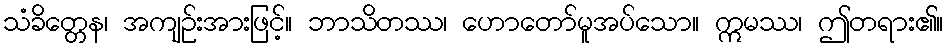
သံခိတ္တေန၊ အကျဉ်းအားဖြင့်။ ဘာသိတဿ၊ ဟောတော်မူအပ်သော။ ဣမဿ၊ ဤတရား၏။